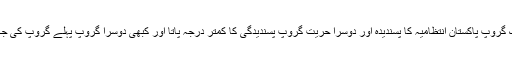
کبھی حریت کا ایک گروپ پاکستان انتظامیہ کا پسندیدہ اور دوسرا حریت گروپ پسندیدگی کا کمتر درجہ پاتا اور کبھی دوسرا گروپ پہلے گروپ کی جگہ پر رکھ دیا جاتا۔